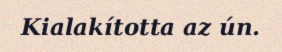
Kialakította az ún.